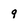
Character: 9